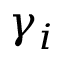
\gamma _ { i }